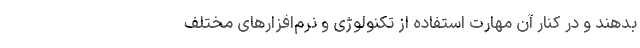
بدهند و در کنار آن مهارت استفاده از تکنولوژی و نرم‌افزارهای مختلف